Document type: Barter
Year: 1304
Scribe: Pere Pometa
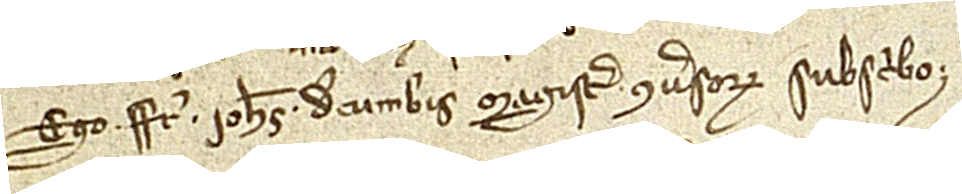
Ego frater Iohannes de Cumbis, magister conversorum, subscribo.